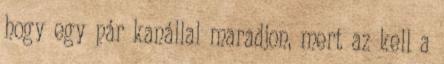
hogy egy pár kanállal maradjon, mert az kell a